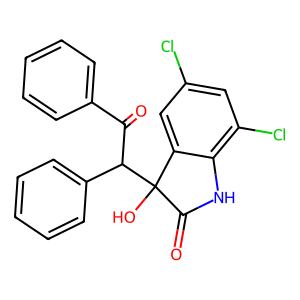
SMILES: O=C(c1ccccc1)C(c1ccccc1)C1(O)C(=O)Nc2c(Cl)cc(Cl)cc21
Inhibits HIV replication: No